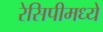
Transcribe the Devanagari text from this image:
रेसिपीमध्ये